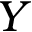
Y